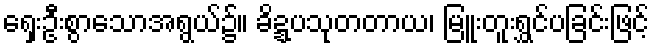
ရှေးဦးစွာသောအရွယ်၌။ ခိဍ္ဍပသုတတာယ၊ မြူးတူးရွှင်ပခြင်းဖြင့်